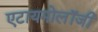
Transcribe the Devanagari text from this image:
एटायमोलॉजी